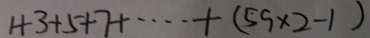
1 + 3 + 5 + 7 + \cdots + ( 5 9 \times 2 - 1 )